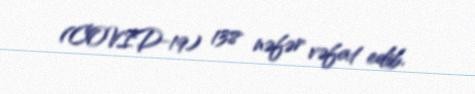
(COVID-19) 138 nəfər vəfat edib.